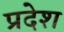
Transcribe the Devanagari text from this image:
प्रदेश्‍ा